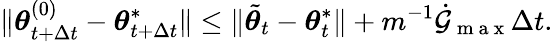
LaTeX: \lVert{\boldsymbol{\theta}}_{t+\Delta t}^{(0)}-{\boldsymbol{\theta}}_{t+\Delta t}^{*}\rVert\leq\lVert\tilde{{\boldsymbol{\theta}}}_{t}-{\boldsymbol{\theta}}_{t}^{*}\rVert+m^{-1}\dot{\mathcal{G}}_{\mathrm{~m~a~x~}}\Delta t.